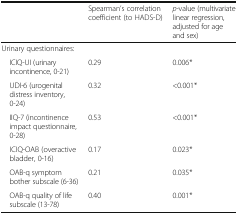
<table><thead><tr><td></td><td><b>Spearman’s correlation coefficient (to HADS-D)</b></td><td><b><i>p</i>-value (multivariate linear regression, adjusted for age and sex)</b></td></tr></thead><tbody><tr><td colspan="3">Urinary questionnaires:</td></tr><tr><td> ICIQ-UI (urinary incontinence, 0-21)</td><td>0.29</td><td>0.006*</td></tr><tr><td> UDI-6 (urogenital distress inventory, 0-24)</td><td>0.32</td><td>&lt;0.001*</td></tr><tr><td> IIQ-7 (incontinence impact questionnaire, 0-28)</td><td>0.53</td><td>&lt;0.001*</td></tr><tr><td> ICIQ-OAB (overactive bladder, 0-16)</td><td>0.17</td><td>0.023*</td></tr><tr><td> OAB-q symptom bother subscale (6-36)</td><td>0.21</td><td>0.035*</td></tr><tr><td> OAB-q quality of life subscale (13-78)</td><td>0.40</td><td>0.001*</td></tr></tbody></table>